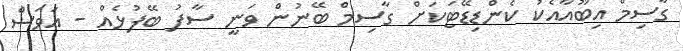
ގާސިމް އިބޫއާއެކު ކެންޑިޑޭޓަކަށް ގާސިމް ބޭނުން ވަނީ ސާފު ބޭފުޅެއް - އަވަސް